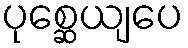
ပုစ္ဆေယျပေ